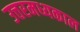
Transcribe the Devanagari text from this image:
उत्तरमध्यकाल